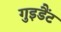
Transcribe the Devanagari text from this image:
गुइडैंट